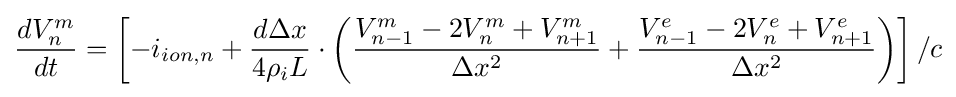
{\frac {dV_{n}^{m}}{dt}}=\left[-i_{ion,n}+{\frac {d\Delta x}{4\rho _{i}L}}\cdot \left({\frac {V_{n-1}^{m}-2V_{n}^{m}+V_{n+1}^{m}}{\Delta x^{2}}}+{\frac {V_{n-1}^{e}-2V_{n}^{e}+V_{n+1}^{e}}{\Delta x^{2}}}\right)\right]/c